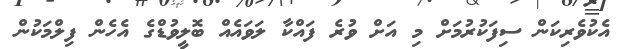
އެކުވެރިކަން ސިފަކުރުމަށް މި އަށް ވުރެ ފައްކާ ލަވައެއް ބޮލީވުޑްގެ އެހެން ފިލްމަކުން